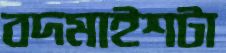
বদমাইশটা